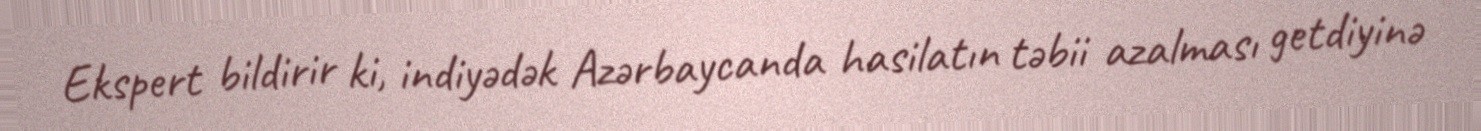
Ekspert bildirir ki, indiyədək Azərbaycanda hasilatın təbii azalması getdiyinə